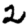
Digit: 2